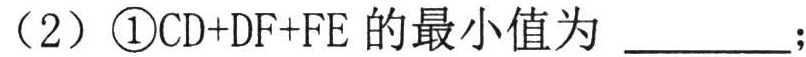
（2）\textcircled{1}\(CD + DF+FE\)的最小值为 \_\_\_\_\_ ；